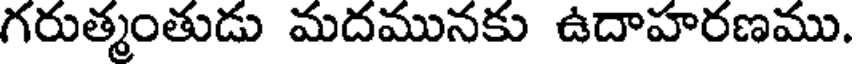
గరుత్మంతుడు మదమునకు ఉదాహరణము.